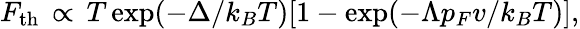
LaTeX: F_{\mathrm{th}}\, \propto\, T\exp(-\Delta/k_{B}T)[1-\exp(-\Lambda p_{F}v/k_{B}T)],